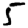
Digit: 5